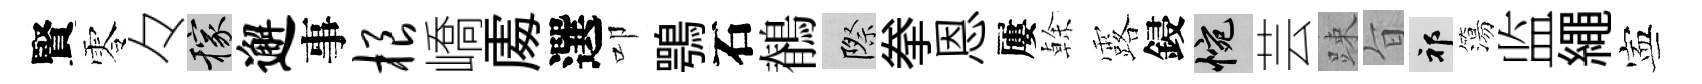
賢零々稼邂事根嶠𠁅選叩鶚石鶺際拳恩屢𠏉露鋟惋芸踈旨祁簜监繩寕